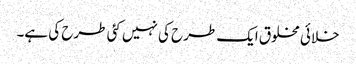
خلائی مخلوق ایک طرح کی نہیں کئی طرح کی ہے۔